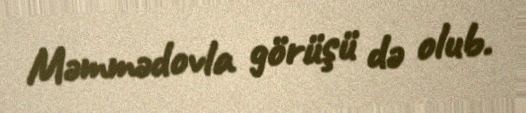
Məmmədovla görüşü də olub.